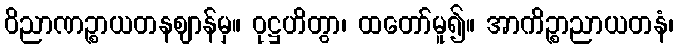
ဝိညာဏဉ္စာယတနဈာန်မှ။ ဝုဋ္ဌဟိတွာ၊ ထတော်မူ၍။ အာကိဉ္စာညာယတနံ၊